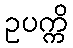
ဥပက္ကိ